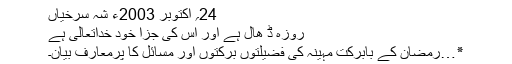
24؍ اکتوبر 2003ء شہ سرخیاں
روزہ ڈ ھال ہے اور اس کی جزا خود خداتعالیٰ ہے
٭…رمضان کے بابرکت مہینہ کی فضیلتوں برکتوں اور مسائل کا پرمعارف بیان۔